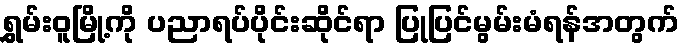
ရွှမ်းဝူမြို့ကို ပညာရပ်ပိုင်းဆိုင်ရာ ပြုပြင်မွမ်းမံရန်အတွက်